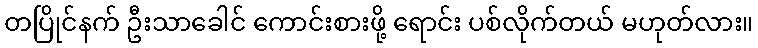
တပြိုင်နက် ဦးသာခေါင် ကောင်းစားဖို့ ရောင်း ပစ်လိုက်တယ် မဟုတ်လား။